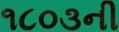
૧૮૦૩ની